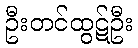
ဦးတင်ထွဋ်ဦး